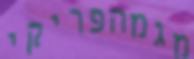
מגמהפריקי